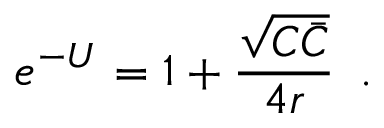
e ^ { - U } = 1 + { \frac { \sqrt { C \bar { C } } } { 4 r } } \, \ .